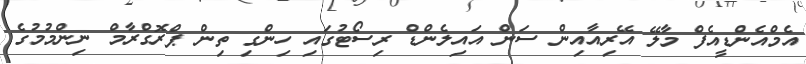
އެމްއެންޑީއެފް މާލޭ އޭރިއާއިން ސަން އައިލެންޑް ރިސޯޓުގައި ހިންގި ތިން ޕްރޮގްރާމް ނިންމުމުގެ